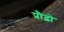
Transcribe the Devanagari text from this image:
प्रौढ़ो